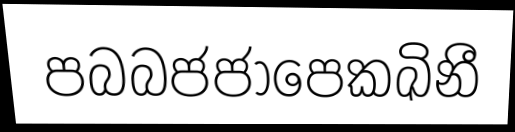
පබබජජාපෙකඛිනී